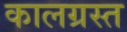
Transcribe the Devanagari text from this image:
कालग्रस्त